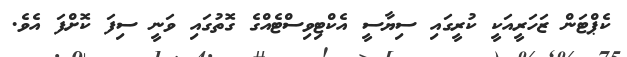
ކެޕްޓަން ޒަހަރީއަކީ ކުރީގައި ސިޔާސީ އެކްޓިވިސްޓެއްގެ ގޮތުގައި ވަނީ ސިފަ ކޮށްފަ އެވެ.